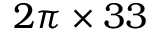
2 \pi \times 3 3